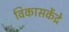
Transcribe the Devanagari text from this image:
विकासकेंद्रे